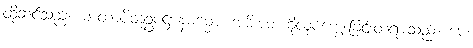
ထိုဆင်သည်။ မာတာပိတုဥပဋ္ဌာနဓမ္မော၊ အမိအဘကိုလုပ်ကျွေးခြင်းတရားသည်။ မေ၊